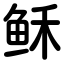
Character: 稣